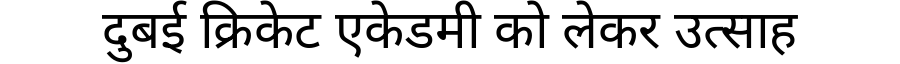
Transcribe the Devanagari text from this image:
दुबई क्रिकेट एकेडमी को लेकर उत्साह